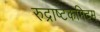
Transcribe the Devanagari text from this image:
रुद्राष्टकमिदम्